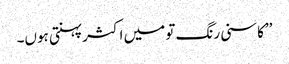
’’کاسنی رنگ تو میں اکثر پہنتی ہوں۔